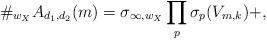
LaTeX: \begin{align*}\#_{w_X}A_{d_1,d_2}(m)=\sigma_{\infty,w_X} \prod_{p} \sigma_p(V_{m,k})+ ,\end{align*}